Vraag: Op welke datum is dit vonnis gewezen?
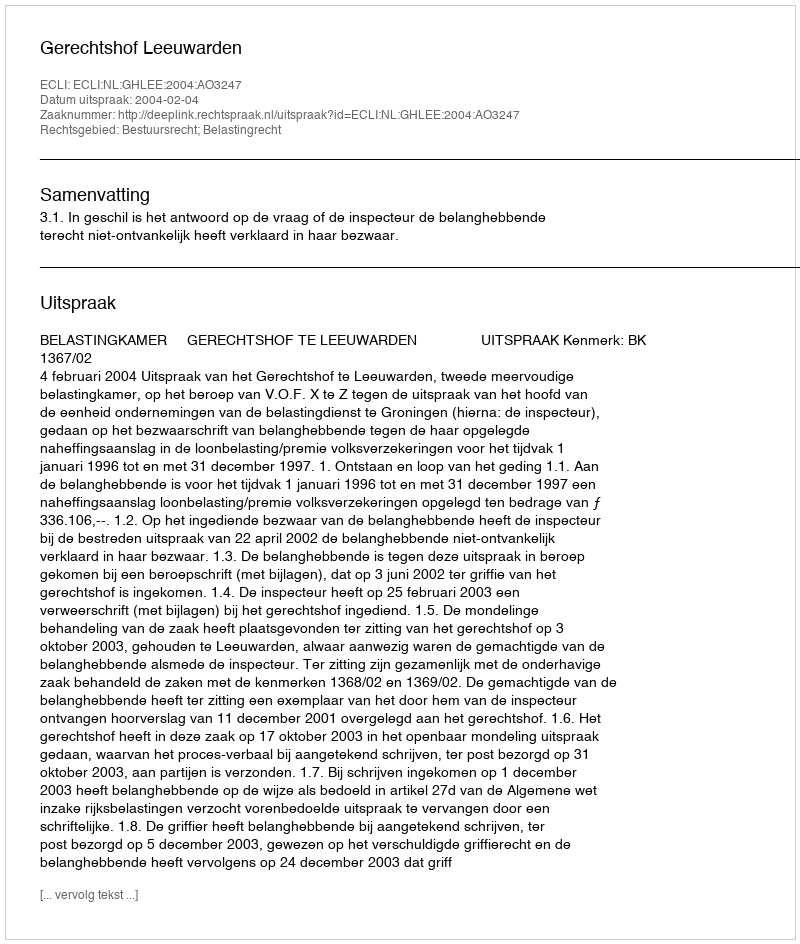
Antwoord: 2004-02-04